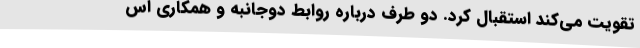
تقویت می‌کند استقبال کرد. دو طرف درباره روابط دوجانبه و همکاری اس